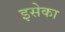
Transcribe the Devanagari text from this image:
इसेका